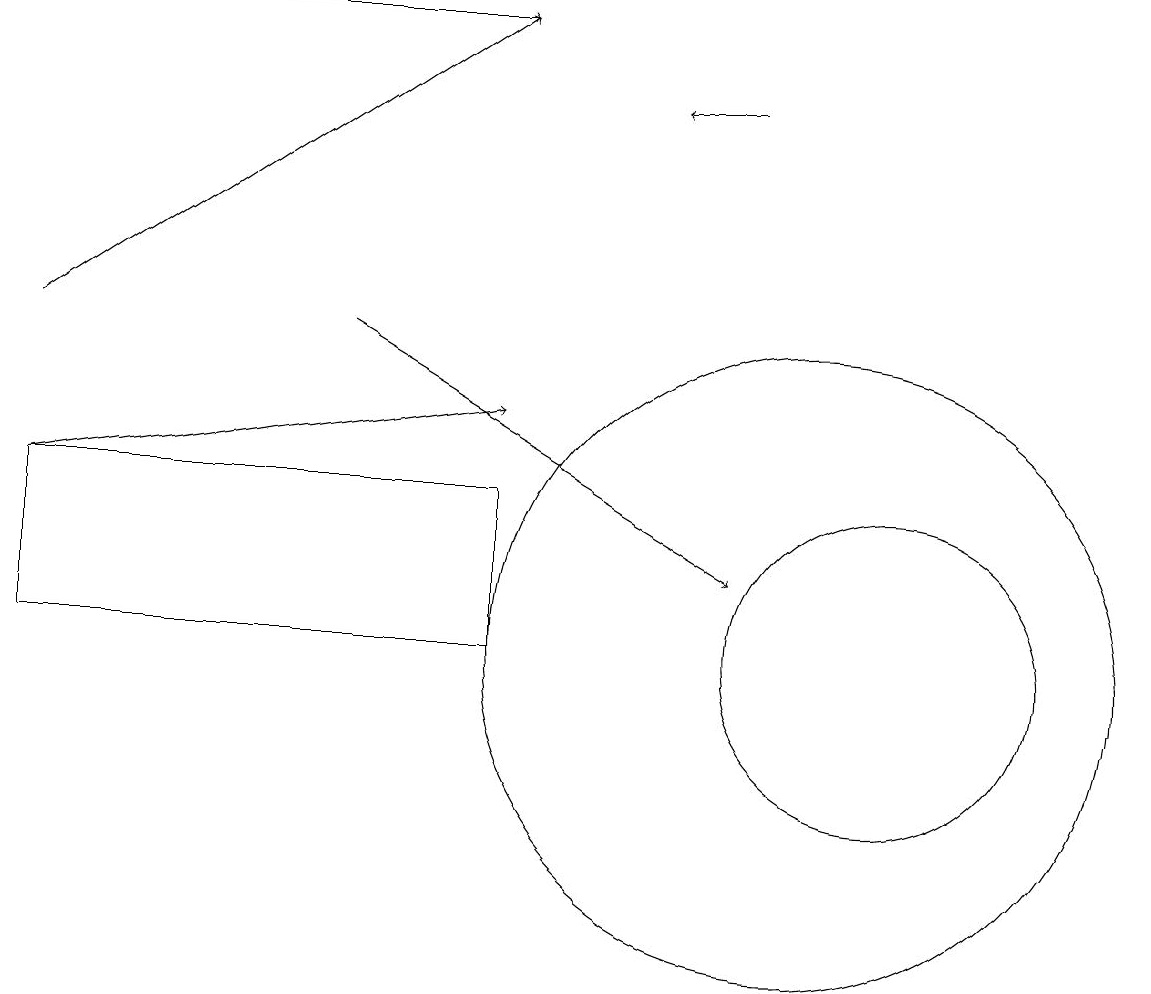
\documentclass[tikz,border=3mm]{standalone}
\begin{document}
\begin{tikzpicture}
\draw (0,10) rectangle (6,12);
\draw[->] (0,12) -- (6,13);
\draw (11,10) circle (2);
\draw (10,10) circle (4);
\draw[->] (2,18) -- (6,18);
\draw[->] (9,17) -- (8,17);
\draw[->] (0,14) -- (6,18);
\draw[->] (4,14) -- (9,11);
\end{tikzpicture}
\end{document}